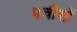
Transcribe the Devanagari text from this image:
पचीसों